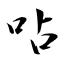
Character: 呫